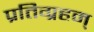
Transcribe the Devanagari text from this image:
प्रतिग्रहम्